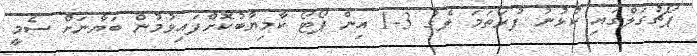
ޕޯޗުގަލްގައި ކުޅުނު ފުރަތަމަ ލެގު 3-1 އިން ޕޯޓޯ ކާމިޔާބުކޮށްފައިވުމުން ބަޔާނަށް ސެމީ